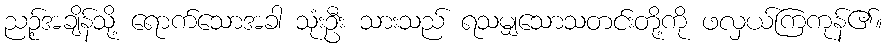
ညဉ့်အချိန်သို့ ရောက်သောအခါ သုံးဦး သားသည် ရသမျှသောသတင်းတို့ကို ဖလှယ်ကြကုန်၏။